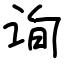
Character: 询